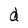
Character: d